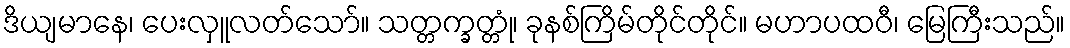
ဒိယျမာနေ၊ ပေးလှူလတ်သော်။ သတ္တက္ခတ္တုံ၊ ခုနစ်ကြိမ်တိုင်တိုင်။ မဟာပထဝီ၊ မြေကြီးသည်။